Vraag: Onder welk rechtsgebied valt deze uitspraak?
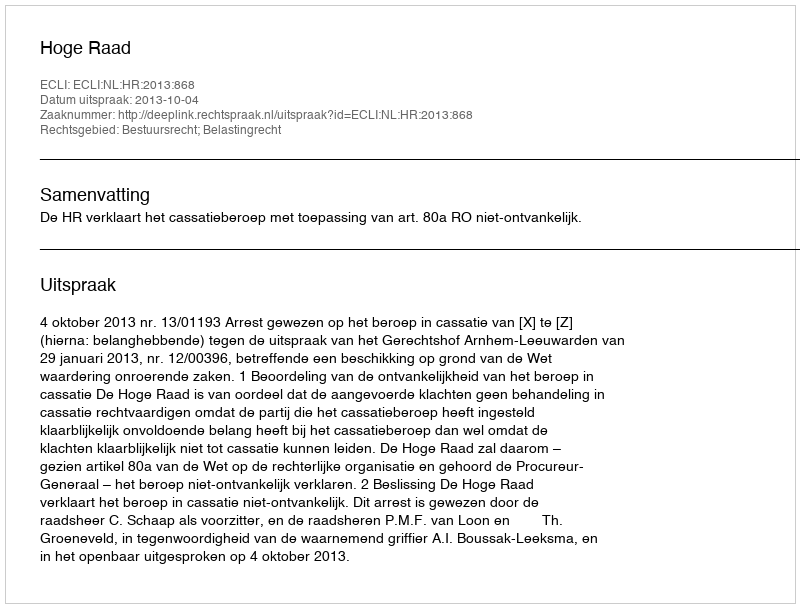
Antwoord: Bestuursrecht; Belastingrecht